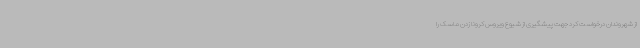
از شهروندان درخواست کرد جهت پیشگیری از شیوع ویروس کرونا زدن ماسک را